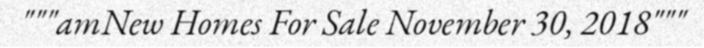
"""amNew Homes For Sale November 30, 2018"""